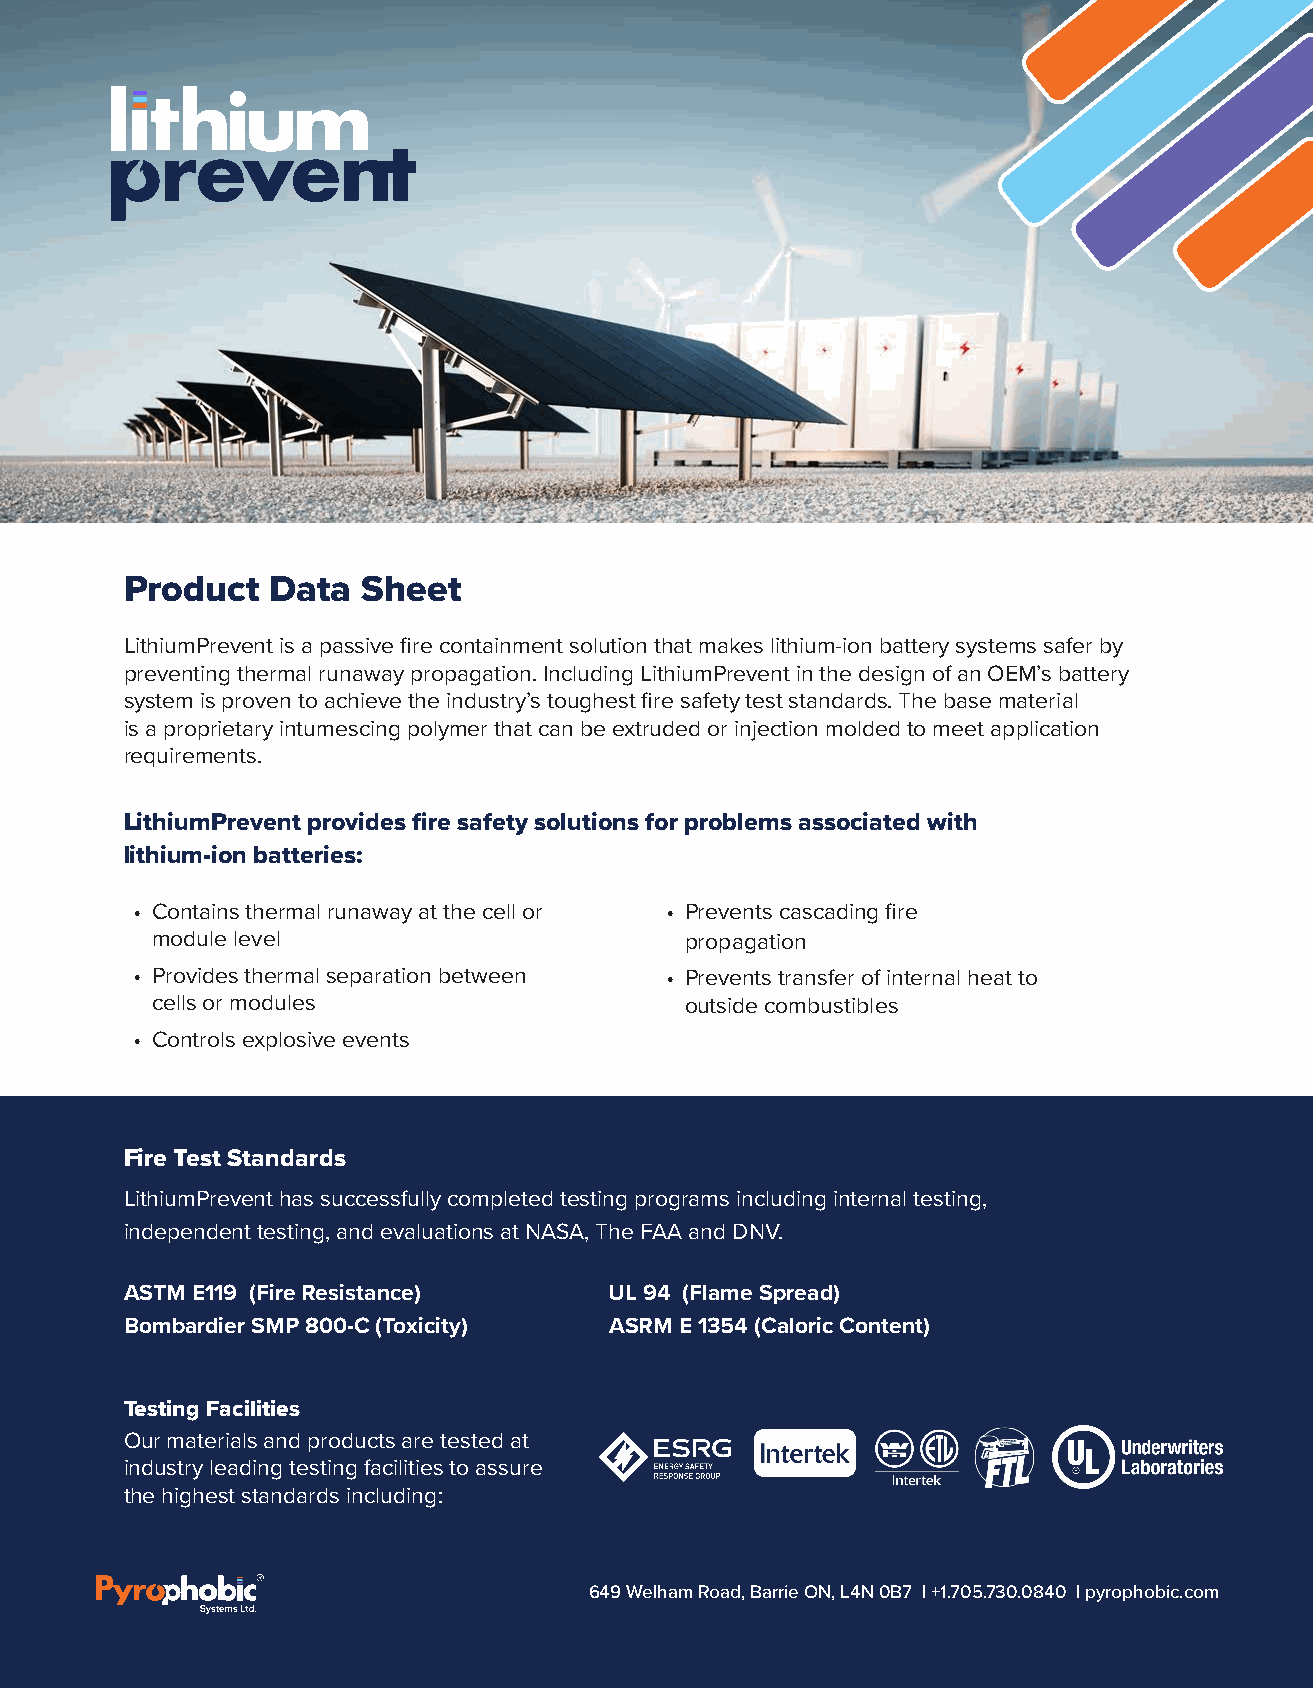
Product   Data  Sheet
 LithiumPrevent is a passive fire containment solution that makes lithium-ion battery systems safer by
 preventing thermal runaway propagation. Including LithiumPrevent in the design of an OEM’s battery
 system is proven to achieve the industry’s toughest fire safety test standards. The base material
 is a proprietary intumescing polymer that can be extruded or injection molded to meet application
 requirements.
 LithiumPrevent provides fire safety solutions for problems associated with
 lithium-ion batteries:
 • Contains thermal runaway at the cell or • Prevents cascading fire
 module level                       propagation
 • Provides thermal separation between • Prevents transfer of internal heat to
 cells or modules                   outside combustibles
 • Controls explosive events
 Fire Test Standards
 LithiumPrevent has successfully completed testing programs including internal testing,
 independent testing, and evaluations at NASA, The FAA and DNV.
 ASTM E119 (Fire Resistance)     UL 94 (Flame Spread)
 Bombardier SMP 800-C (Toxicity) ASRM E 1354 (Caloric Content)
 Testing Facilities
 Our materials and products are tested at
 industry leading testing facilities to assure
 the highest standards including:
 649 Welham Road, Barrie ON, L4N 0B7 | +1.705.730.0840 | pyrophobic.com